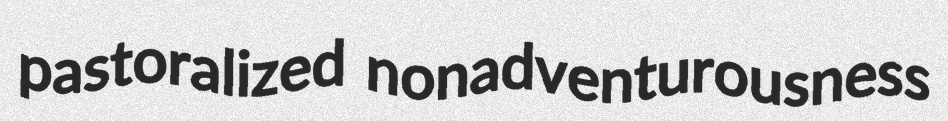
pastoralized nonadventurousness